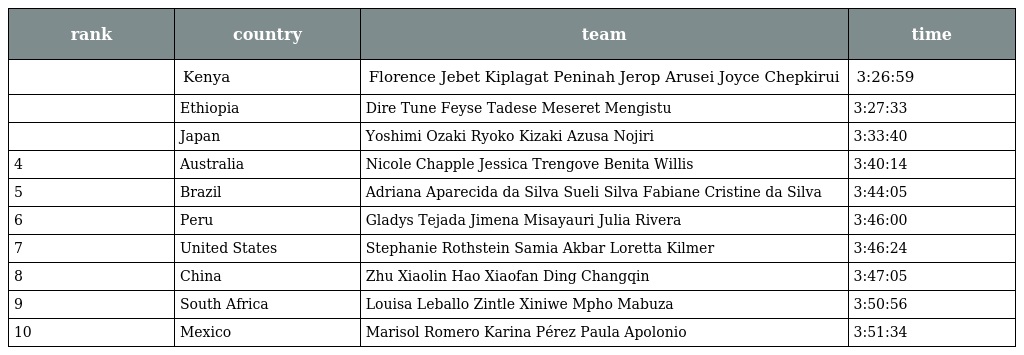
| rank | country | team | time |
 | --- | --- | --- | --- |
 |  | Kenya | Florence Jebet Kiplagat Peninah Jerop Arusei Joyce Chepkirui | 3:26:59 |
 |  | Ethiopia | Dire Tune Feyse Tadese Meseret Mengistu | 3:27:33 |
 |  | Japan | Yoshimi Ozaki Ryoko Kizaki Azusa Nojiri | 3:33:40 |
 | 4 | Australia | Nicole Chapple Jessica Trengove Benita Willis | 3:40:14 |
 | 5 | Brazil | Adriana Aparecida da Silva Sueli Silva Fabiane Cristine da Silva | 3:44:05 |
 | 6 | Peru | Gladys Tejada Jimena Misayauri Julia Rivera | 3:46:00 |
 | 7 | United States | Stephanie Rothstein Samia Akbar Loretta Kilmer | 3:46:24 |
 | 8 | China | Zhu Xiaolin Hao Xiaofan Ding Changqin | 3:47:05 |
 | 9 | South Africa | Louisa Leballo Zintle Xiniwe Mpho Mabuza | 3:50:56 |
 | 10 | Mexico | Marisol Romero Karina Pérez Paula Apolonio | 3:51:34 |